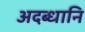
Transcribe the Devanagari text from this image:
अदब्धानि